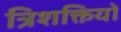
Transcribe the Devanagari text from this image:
त्रिशक्तियों